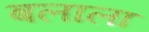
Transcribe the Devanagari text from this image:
बलाला